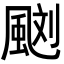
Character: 𩗌